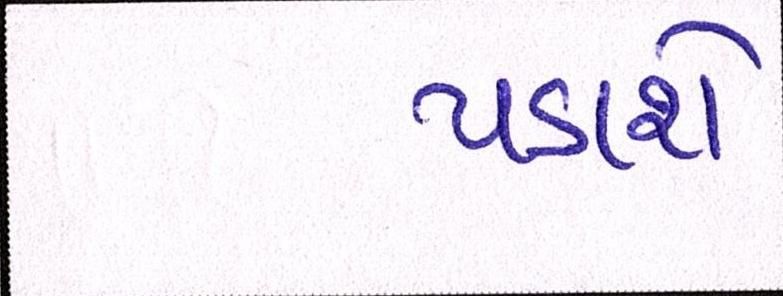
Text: પડાશે